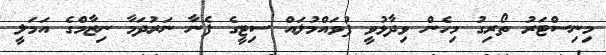
މިނިސްޓަރު ތޯރިގު މިހެން ވިދާޅުވީ ފުވައްމުލައް ސިޓީގެ ފެނާ ނަރުދަމާ ނިޒާމްގެ އަމަލީ